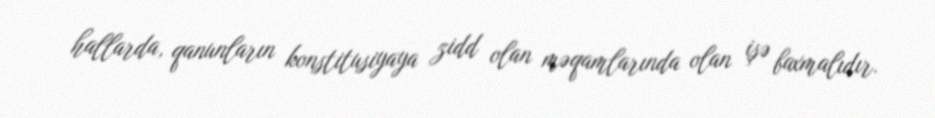
hallarda, qanunların konstitusiyaya zidd olan məqamlarında olan işə baxmalıdır.